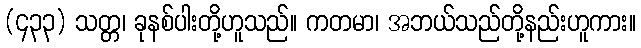
(၄၃၃) သတ္တ၊ ခုနစ်ပါးတို့ဟူသည်။ ကတမာ၊ အဘယ်သည်တို့နည်းဟူကား။